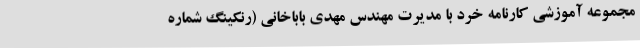
مجموعه آموزشی کارنامه خرد با مدیرت مهندس مهدی باباخانی (رنکینگ شماره